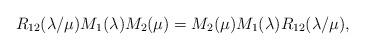
LaTeX: \begin{align*}R_{12}(\lambda /\mu )M_{1}(\lambda )M_{2}(\mu )=M_{2}(\mu )M_{1}(\lambda)R_{12}(\lambda /\mu ), \end{align*}